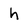
Character: h